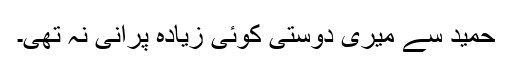
حمید سے میری دوستی کوئی زیادہ پرانی نہ تھی۔